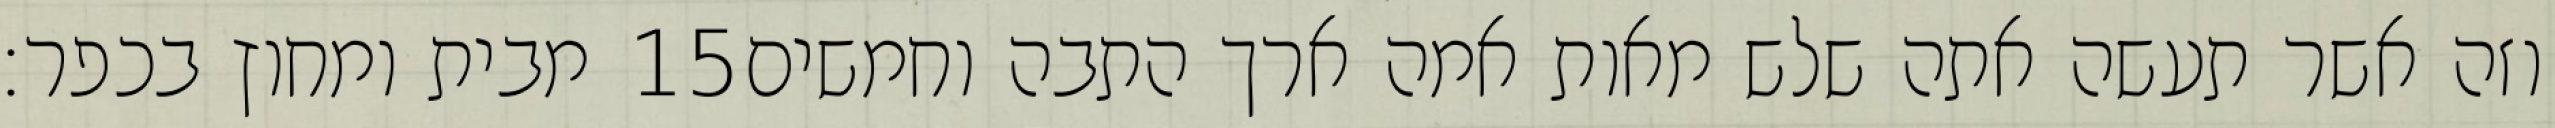
מבית ומחוץ בכפר׃ ‎15‏ וזה אשר תעשה אתה שלש מאות אמה ארך התבה וחמשים